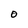
Character: O